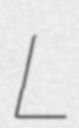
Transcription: L